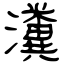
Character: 瀵